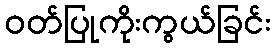
ဝတ်ပြုကိုးကွယ်ခြင်း